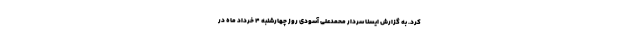
کرد. به گزارش ایسنا سردار محمدعلی آسودی روز چهارشنبه ۴ خرداد ماه در